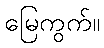
မြေကွက်။